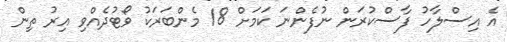
އެ އިސްލާހު ފާސްކުރަން ނުފެންނަ ކަމަށް 18 މެންބަރަކު ވޯޓުދެއްވި އިރު ތިން